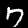
Digit: 7